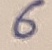
Text: 6